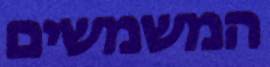
המשמשים